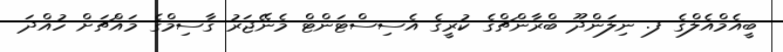
ބީއެމްއެލްގެ ފ. ނިލަންދޫ ބްރާންޗްގެ ކުރީގެ އެސިސްޓަންޓް މެނޭޖަރު ގާސިމްގެ މައްޗަށް ހުއްދަ